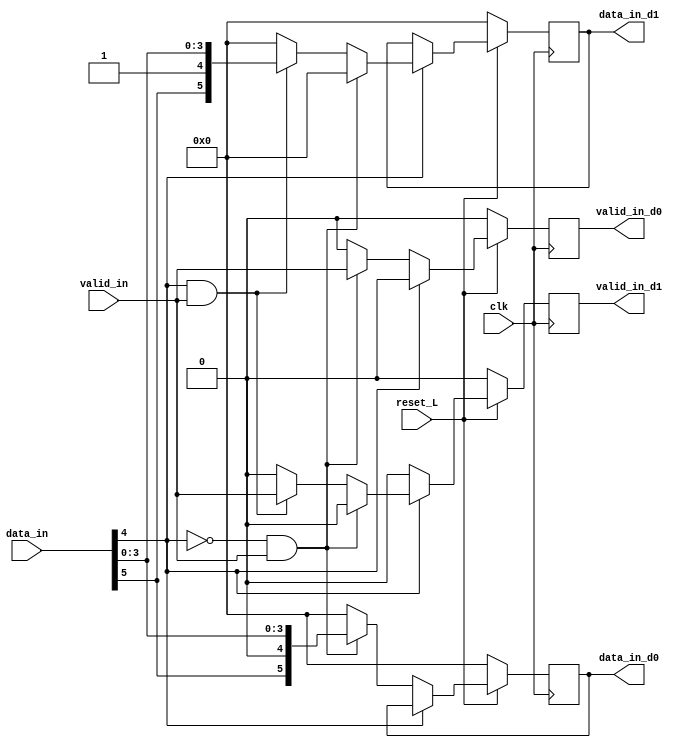
module demux_dest #(  
        parameter BW = 6
    )

    (   input clk,
        input reset_L,
        output reg [BW-1:0] data_in_d0,
        output reg valid_in_d0,
        output reg[BW-1:0] data_in_d1,
        output reg valid_in_d1,
        input valid_in,
        input [BW-1:0] data_in
    );

                        
    reg [BW-1:0] data_recordar0;
    reg [BW-1:0] data_recordar1;
    reg valid_recordar0;
    reg valid_recordar1;

    wire selector;
    assign selector = data_in[4]; // selector es el bit de dest

    always @(*) begin   
        if (selector == 0 && valid_in == 1) begin
            data_recordar0 = data_in;
            data_recordar1 = 0;
            valid_recordar0 = valid_in;
            valid_recordar1 = 0;


        end else if (selector == 1 && valid_in == 1) begin
            data_recordar0 = 0;
            data_recordar1 = data_in;
            valid_recordar0 = 0;
            valid_recordar1 = valid_in;

        end else begin
            data_recordar0 = 0;
            data_recordar1 = 0;
            valid_recordar0 = 0;
            valid_recordar1 = 0;
        end
    end

    always @(posedge clk) begin
        if (reset_L == 1) begin
            if (selector == 0) begin
                data_in_d0 <= data_recordar0;
                valid_in_d0 <= valid_recordar0;
                valid_in_d1 <= 0;
            end else if (selector == 1) begin
                data_in_d1 <= data_recordar1;
                valid_in_d1 <= valid_recordar1;
                valid_in_d0 <= 0;
            end
        end else begin
            data_in_d0 <= 0;
            data_in_d1 <= 0;
            valid_in_d0 <= 0;
            valid_in_d1 <= 0;
        end
    end

endmodule